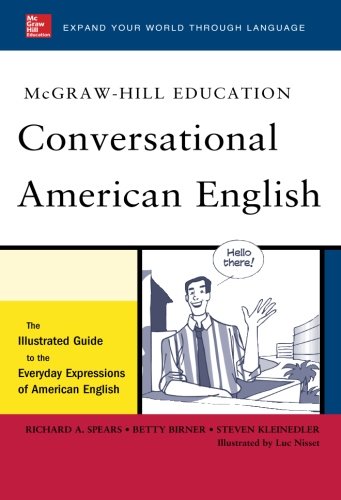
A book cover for McGraw-Hill's Conversational American English: The Illustrated Guide to Everyday Expressions of American English (McGraw-Hill ESL References); Richard Spears; Reference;